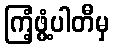
ကြံ့ဖွံ့ပါတီမှ